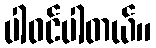
ပါဝင်ပါတယ်။